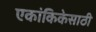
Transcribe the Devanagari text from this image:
एकांकिकेसाठी